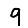
Digit: 9